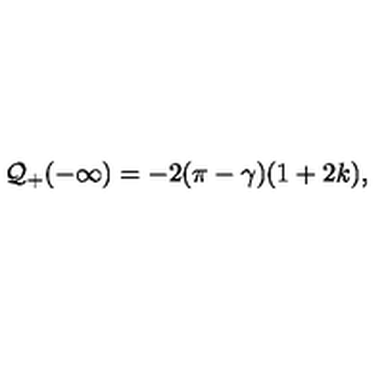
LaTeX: { \cal Q } _ { + } ( - \infty ) = - 2 ( \pi - \gamma ) ( 1 + 2 k ) ,